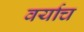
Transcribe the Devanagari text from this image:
वर्याच